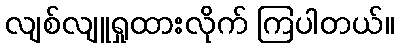
လျစ်လျူရှုထားလိုက် ကြပါတယ်။